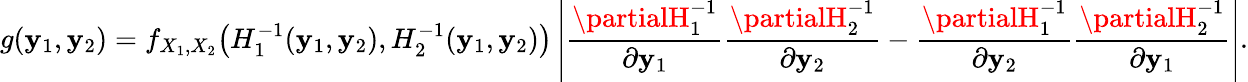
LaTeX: g(\mathbf{y}_{1},\mathbf{y}_{2})=f_{X_{1},X_{2}}{\big(}H_{1}^{-1}(\mathbf{y}_{1},\mathbf{y}_{2}),H_{2}^{-1}(\mathbf{y}_{1},\mathbf{y}_{2}){\big)}\left\vert{\frac{{\partialH_{1}^{-1}}}{{\partial\mathbf{y}_{1}}}}{\frac{{\partialH_{2}^{-1}}}{{\partial\mathbf{y}_{2}}}}-{\frac{{\partialH_{1}^{-1}}}{{\partial\mathbf{y}_{2}}}}{\frac{{\partialH_{2}^{-1}}}{{\partial\mathbf{y}_{1}}}}\right\vert.